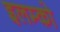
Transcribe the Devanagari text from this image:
इलम्को